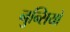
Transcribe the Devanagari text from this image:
नुन्सियो